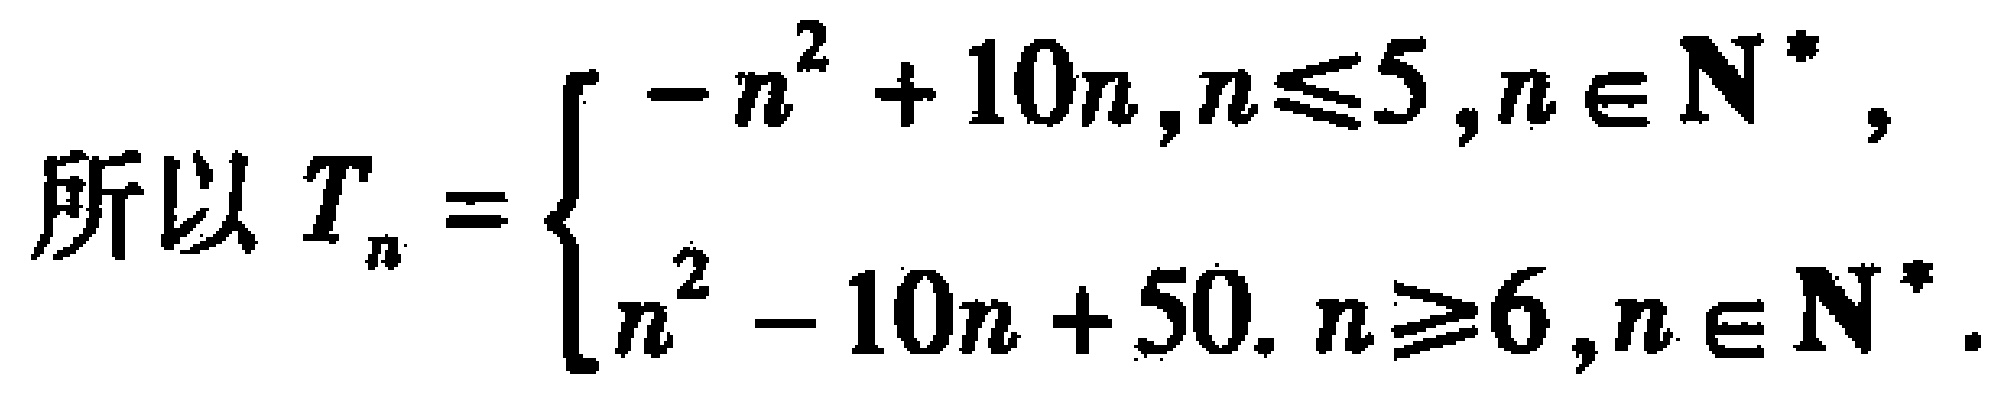
所以\(T_{n}=\begin{cases}-n^{2}+10n,n\leqslant5,n\in\mathbf{N}^{*},\\n^{2}-10n + 50,n\geqslant6,n\in\mathbf{N}^{*}.\end{cases}\)